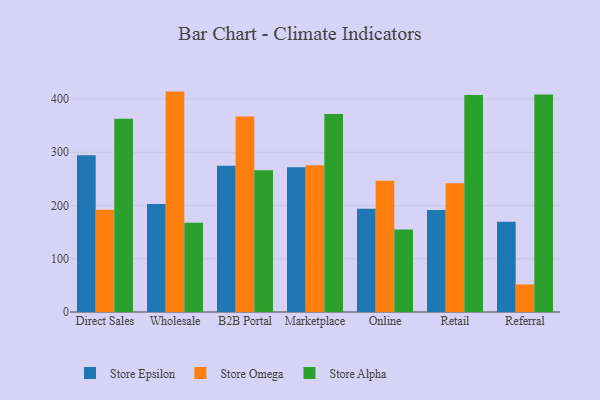
{"axis": {"x": "Channel", "y": "Population (Million)"}, "legend": ["Store Alpha", "Store Epsilon", "Store Omega"], "data": [{"x": "Direct Sales", "y": 294.5, "type": "Store Epsilon"}, {"x": "Direct Sales", "y": 192.0, "type": "Store Omega"}, {"x": "Direct Sales", "y": 362.6, "type": "Store Alpha"}, {"x": "Wholesale", "y": 202.6, "type": "Store Epsilon"}, {"x": "Wholesale", "y": 413.8, "type": "Store Omega"}, {"x": "Wholesale", "y": 167.5, "type": "Store Alpha"}, {"x": "B2B Portal", "y": 274.5, "type": "Store Epsilon"}, {"x": "B2B Portal", "y": 367.0, "type": "Store Omega"}, {"x": "B2B Portal", "y": 266.2, "type": "Store Alpha"}, {"x": "Marketplace", "y": 271.6, "type": "Store Epsilon"}, {"x": "Marketplace", "y": 275.3, "type": "Store Omega"}, {"x": "Marketplace", "y": 371.8, "type": "Store Alpha"}, {"x": "Online", "y": 193.7, "type": "Store Epsilon"}, {"x": "Online", "y": 246.6, "type": "Store Omega"}, {"x": "Online", "y": 155.1, "type": "Store Alpha"}, {"x": "Retail", "y": 191.5, "type": "Store Epsilon"}, {"x": "Retail", "y": 241.9, "type": "Store Omega"}, {"x": "Retail", "y": 407.6, "type": "Store Alpha"}, {"x": "Referral", "y": 169.3, "type": "Store Epsilon"}, {"x": "Referral", "y": 51.7, "type": "Store Omega"}, {"x": "Referral", "y": 408.3, "type": "Store Alpha"}]}